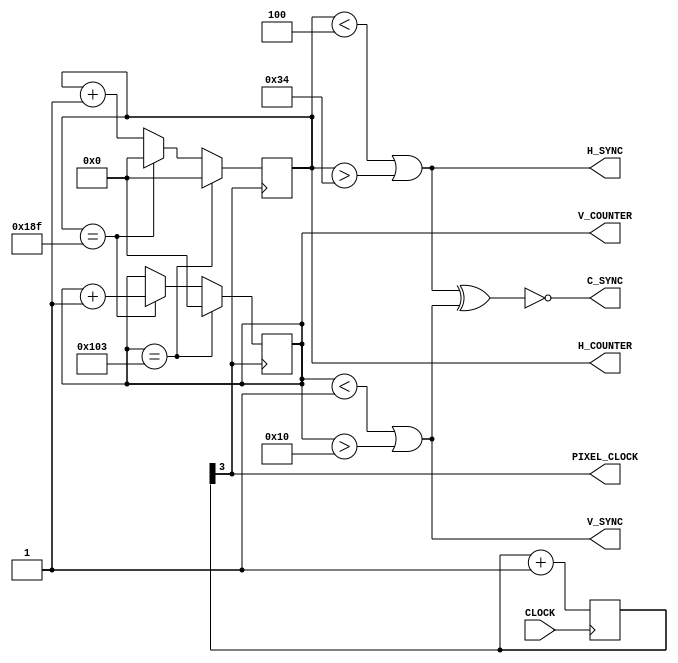
module VideoSync(
			input CLOCK,
			output PIXEL_CLOCK,
			output V_SYNC,
			output H_SYNC,
			output C_SYNC, 
			output reg [8:0] H_COUNTER,
			output reg [8:0] V_COUNTER);
		parameter H_PIXELS = 320;
		parameter H_FP_DURATION   = 4;
		parameter H_SYNC_DURATION = 48;
		parameter H_BP_DURATION   = 28;
		parameter V_PIXELS = 240;
		parameter V_FP_DURATION   = 1;
		parameter V_SYNC_DURATION = 15;
		parameter V_BP_DURATION   = 4;
		parameter H_FP_EDGE = H_FP_DURATION;
		parameter H_SYNC_EDGE = H_FP_EDGE + H_SYNC_DURATION;
		parameter H_BP_EDGE = H_SYNC_EDGE + H_BP_DURATION;
		parameter H_PERIOD = H_BP_EDGE + H_PIXELS;
		parameter V_FP_EDGE = V_FP_DURATION;
		parameter V_SYNC_EDGE = V_FP_EDGE + V_SYNC_DURATION;
		parameter V_BP_EDGE = V_SYNC_EDGE + V_BP_DURATION;
		parameter V_PERIOD = V_BP_EDGE + V_PIXELS;
		reg [3:0] clock_divider = 0;
		always @(posedge CLOCK) begin
			clock_divider <= clock_divider + 1;
		end
		assign PIXEL_CLOCK = clock_divider[3];
		always @(posedge PIXEL_CLOCK) begin
			H_COUNTER <= H_COUNTER + 1;
			if(H_COUNTER == H_PERIOD - 1) begin
				H_COUNTER <= 0;
				V_COUNTER <= V_COUNTER + 1;
			end
			if(V_COUNTER == V_PERIOD - 1) begin
				V_COUNTER <= 0;
				H_COUNTER <= 0;
			end
		end
	assign V_SYNC = (V_COUNTER < V_FP_EDGE || V_COUNTER > V_SYNC_EDGE);
	assign H_SYNC = (H_COUNTER < H_FP_EDGE || H_COUNTER > H_SYNC_EDGE);
	assign C_SYNC = !(H_SYNC ^ V_SYNC);
endmodule